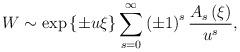
LaTeX: \begin{align*}W\sim \exp \left\{ \pm u\xi \right\} \sum\limits_{s=0}^{\infty }\left( \pm1\right) ^{s}{\frac{A_{s}\left( \xi \right) }{u^{s}},} \end{align*}